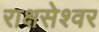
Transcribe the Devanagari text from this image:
राक्षसेश्वर